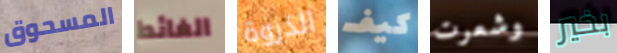
المسحوق الغائط الذروة كيف وشعرت بخير